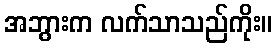
အဘွားက လက်သာသည်ကိုး။